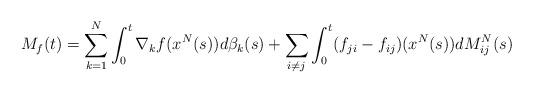
LaTeX: \begin{align*}M_{f}(t)=\sum_{k=1}^{N}\int_{0}^{t}\nabla_{k}f(x^{N}(s))d\beta_{k}(s)+\sum_{i\neq j}\int_{0}^{t}(f_{ji}-f_{ij})(x^{N}(s))dM_{ij}^{N}(s)\end{align*}